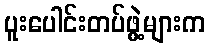
ပူးပေါင်းတပ်ဖွဲ့များက